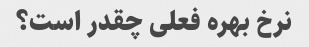
نرخ بهره فعلی چقدر است؟